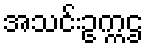
အသင်းဥက္ကဌ